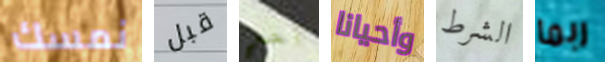
نمسك قبل آخر وأحيانا الشرط ربما